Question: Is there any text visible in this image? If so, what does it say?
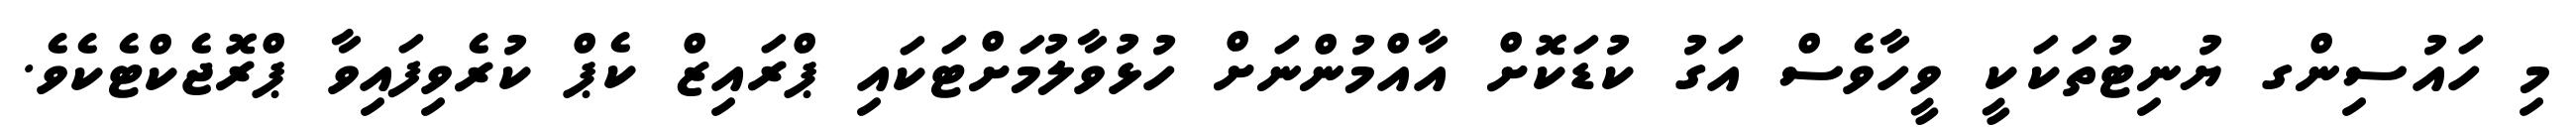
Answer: މި ހައުސިންގ ޔުނިޓުތަކަކީ ވީހާވެސް އަގު ކުޑަކޮށް އާއްމުންނަށް ހުޅުވާލުމަށްޓަކައި ޕްރައިޒް ކެޕް ކުރެވިފައިވާ ޕްރޮޖެކްޓެކެވެ.